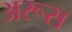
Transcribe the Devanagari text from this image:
अरूस